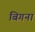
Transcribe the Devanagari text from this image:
बिगना